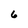
Character: 6